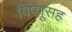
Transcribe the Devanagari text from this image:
विष्णूसह